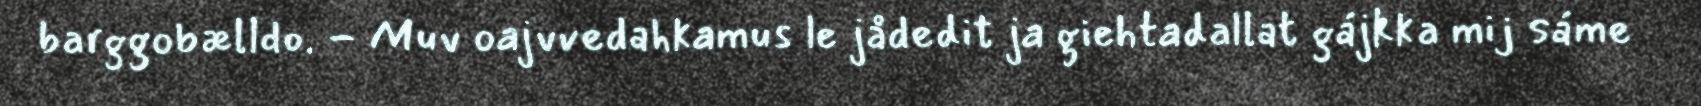
barggobælldo. - Muv oajvvedahkamus le jådedit ja giehtadallat gájkka mij sáme